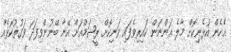
އެހެން އުޅެނިކޮށް މާލެ އަންނަން ކައިރިވެފައި ވަނިކޮށް ރީޝަމްއަށް އޭނާ ބޭނުންވިފަދަ ވަގުތުކޮޅެއް